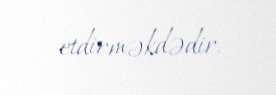
etdirməkdədir.